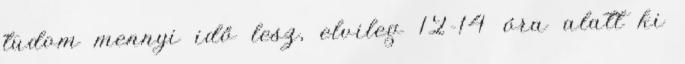
tudom mennyi idő lesz, elvileg 12-14 óra alatt ki